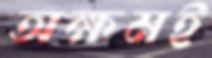
অক্ষমই